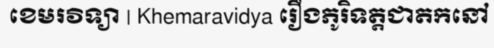
ខេមរវិទ្យា | Khemaravidya រឿងភូរិទត្តជាតកនៅ